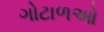
ગોટાળઓ